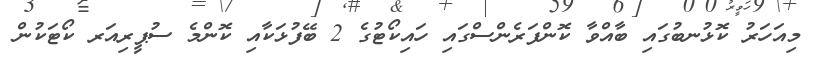
މިއަހަރު ކޮޅުނބުގައި ބާއްވާ ކޮންފަރެންސްގައި ހައިކޯޓުގެ 2 ބޭފުޅަކާއި ކޮންމެ ސުޕީރިއަރ ކޯޓަކުން